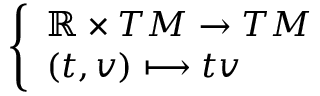
\left\{ \begin{array} { l l } { \mathbb { R } \times T M \to T M } \\ { ( t , v ) \longmapsto t v } \end{array} \right.